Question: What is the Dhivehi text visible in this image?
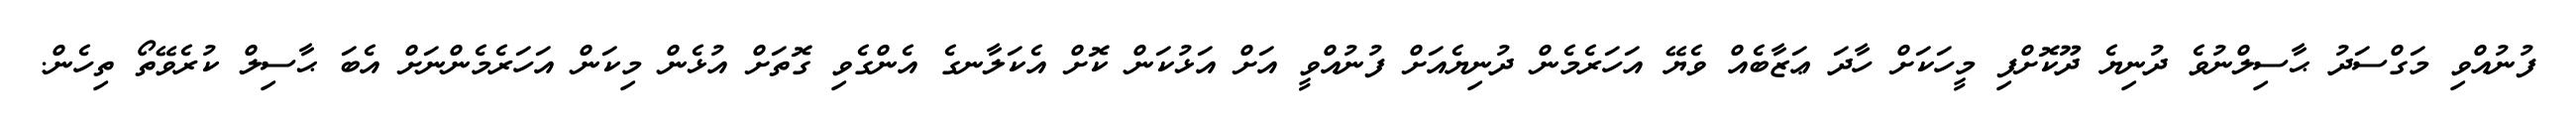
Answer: ފުނުއްވި މަގްސަދު ޙާސިލްނުވެ ދުނިޔެ ދޫކޮށްފި މީހަކަށް ހާދަ ޢަޒާބެއް ވެޔޭ އަހަރެމެން ދުނިޔެއަށް ފުނުއްވީ އަށް އަޅުކަން ކޮށް އެކަލާނގެ އެންގެވި ގޮތަށް އުޅެން މިކަން އަހަރެމެންނަށް އެބަ ޙާސިލް ކުރެވޭތޯ ތިހެން.